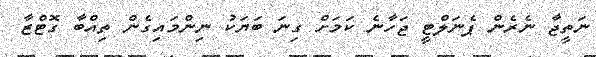
ނަތީޖާ ނެރެން ޕެނަލްޓީ ޖަހާނެ ކަމަށް ގިނަ ބަޔަކު ނިންމައިގެން ތިއްބާ ގޮޓްޒާ